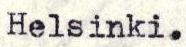
Helsinki.